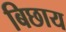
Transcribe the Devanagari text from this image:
बिछाय